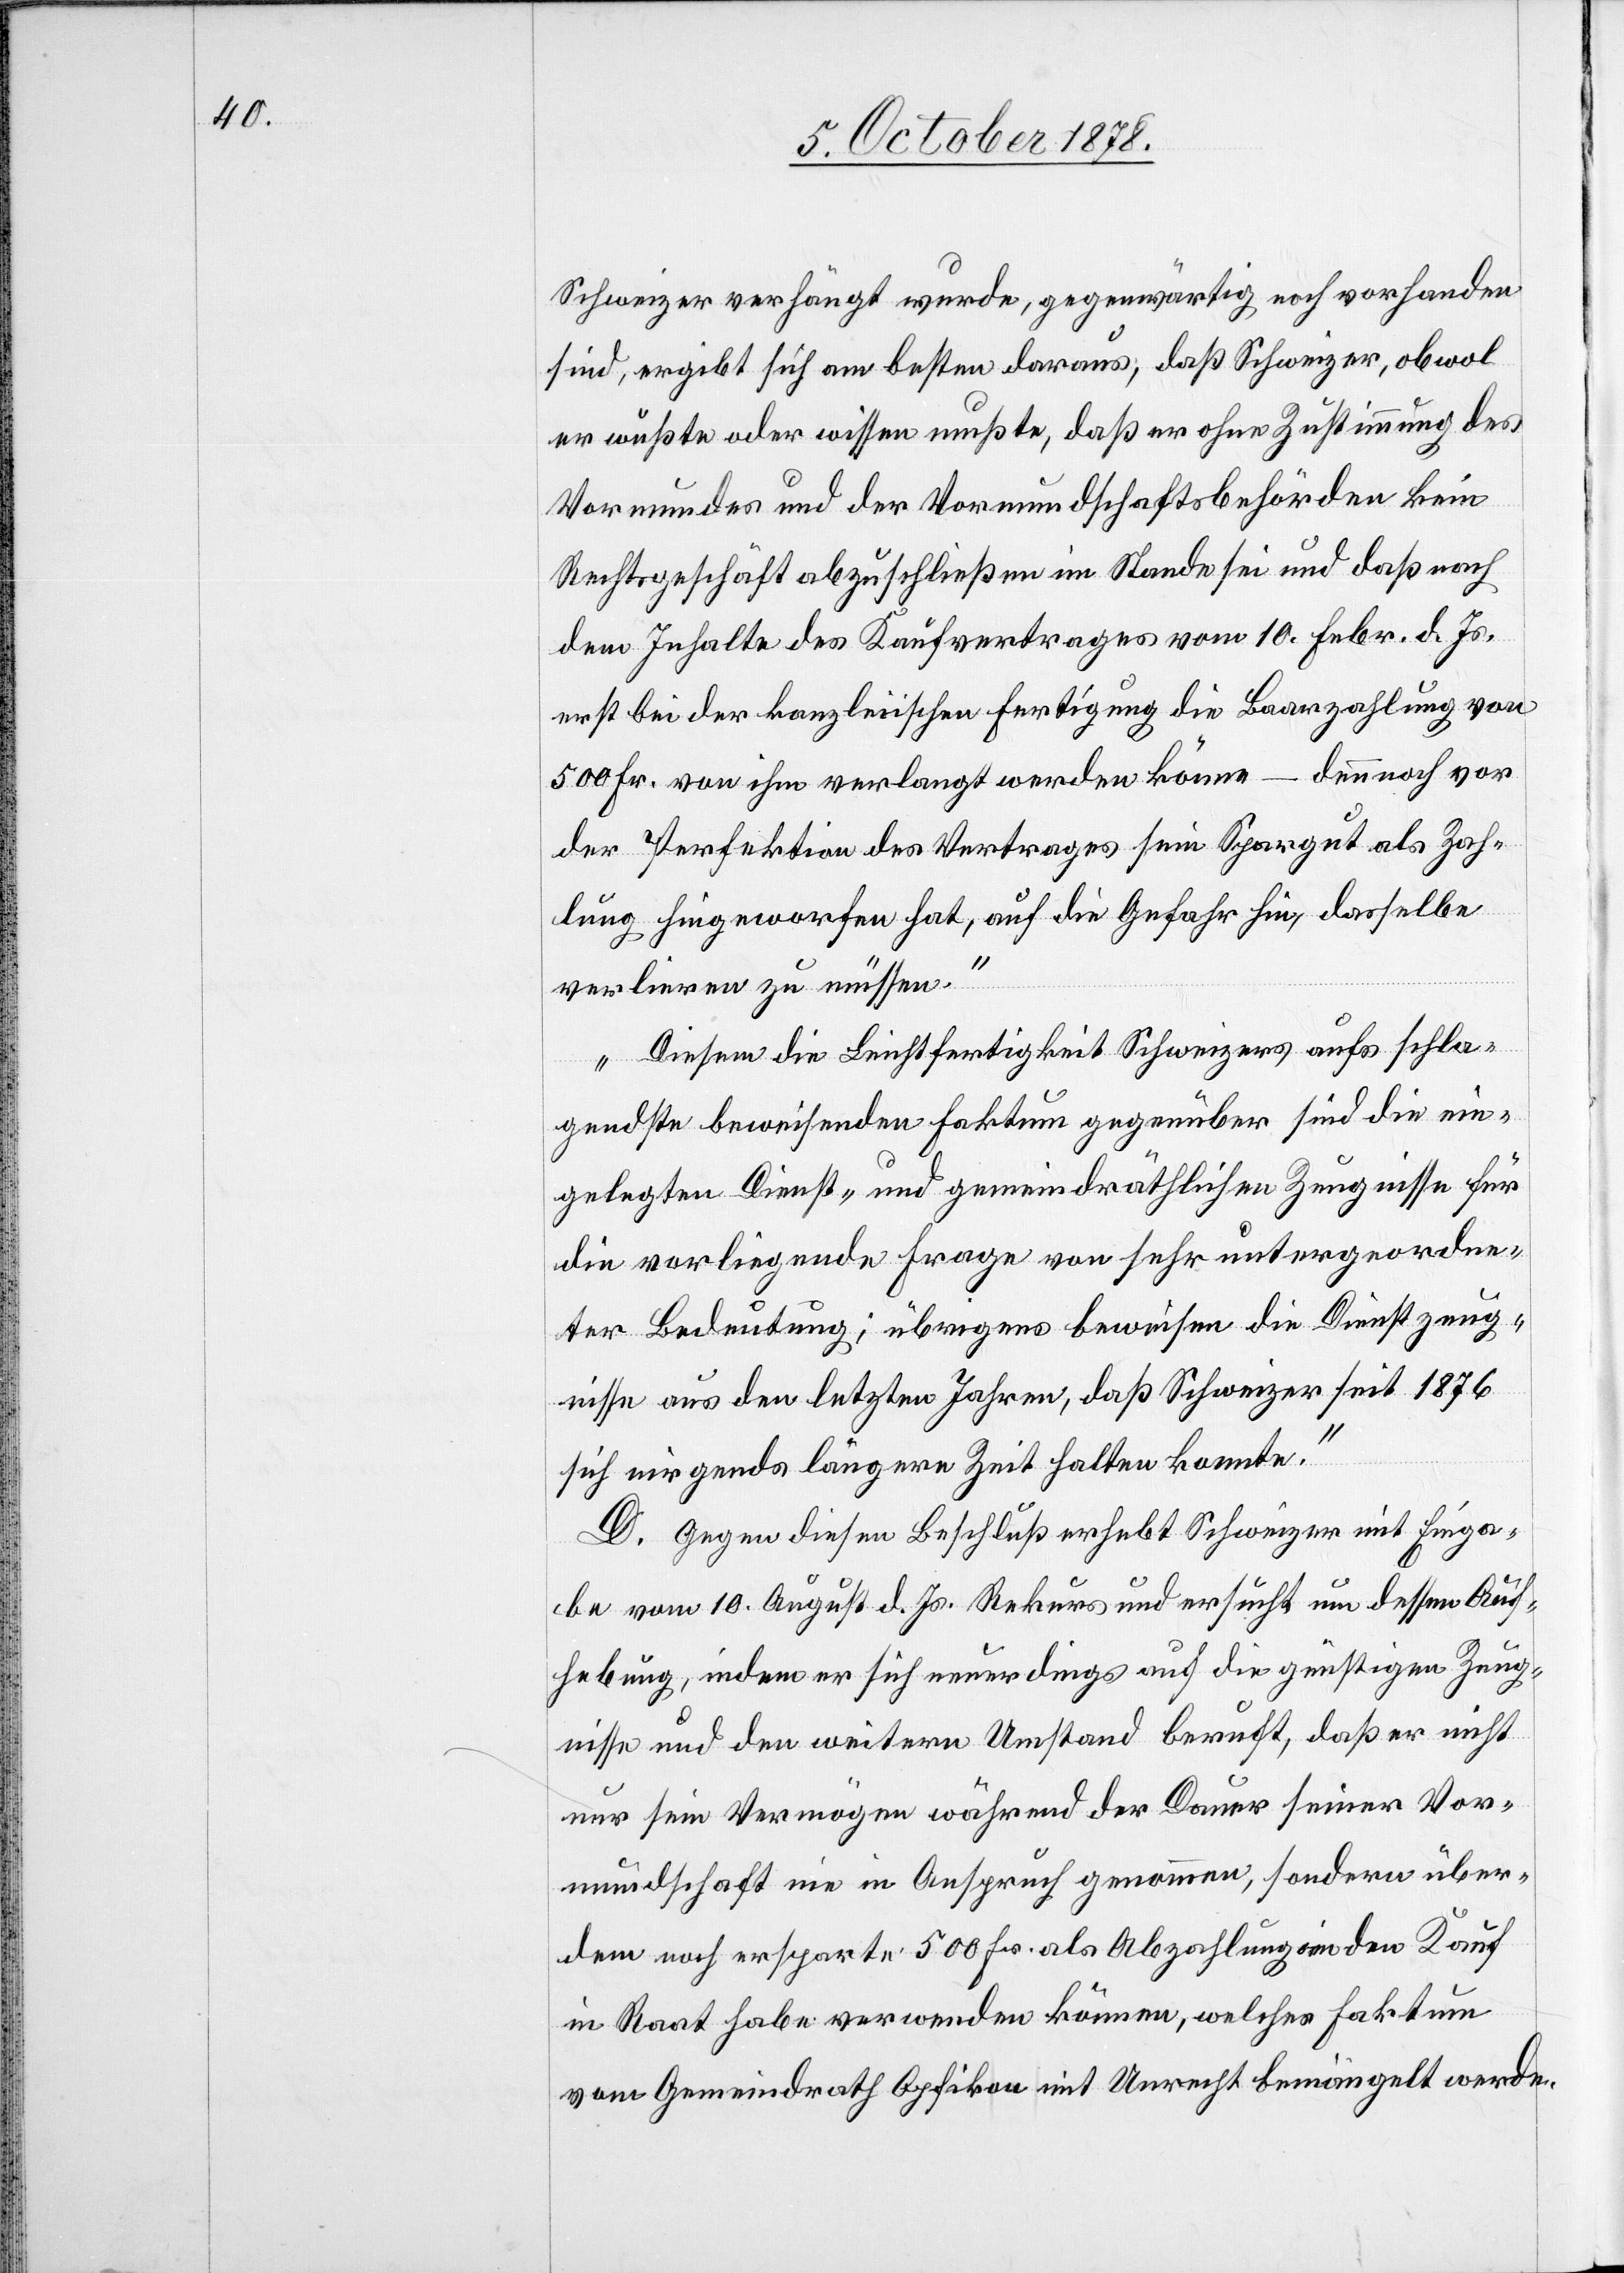
Schweizer verhängt wurde, gegenwärtig noch vorhanden
sind, ergibt sich am besten daraus, daß Schweizer, obwol
er wußte oder wissen mußte, daß er ohne Zustimmung des
Vormundes und der Vormundschaftsbehörden kein
Rechtsgeschäft abzuschließen im Stande sei und daß nach
dem Inhalte des Kaufvertrages vom 10. Febr. d. Js.
erst bei der kanzleiischen Fertigung die Baarzahlung von
500 Fr. von ihm verlangt werden könne – dennnoch vor
der Perfektion des Vertrages sein Spargut als Zah¬
lung hingeworfen hat, auf die Gefahr hin, dasselbe
verlieren zu müssen.
Diesem die Leichtfertigkeit Schweizers aufs schla¬
gendste beweisenden Faktum gegenüber sind die ein¬
gelegten Dienst- und gemeindräthlichen Zeugnisse für
die vorliegende Frage von sehr untergeordne¬
ter Bedeutung; übrigens beweisen die Dienstzeug¬
nisse aus den letzten Jahren, daß Schweizer seit 1876
sich nirgends längere Zeit halten konnte.“
D. Gegen diesen Beschluß erhebt Schweizer mit Einga¬
be vom 10. August d. Js. Rekurs und ersucht um dessen Auf¬
hebung, indem er sich neuerdings auf die günstigen Zeug¬
nisse und den weitern Umstand beruft, daß er nicht
nur sein Vermögen währen der Dauer seiner Vor¬
mundschaft nie in Anspruch genommen, sondern über¬
dem noch ersparte 500 Fr. als Abzahlung in den Kauf
in Raat habe verwenden können, welches Faktum
vom Gemeindrath Opfikon mit Unrecht bemängelt werde.